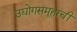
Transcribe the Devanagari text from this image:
उद्योगसमूहाचीं